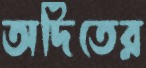
অদিতের